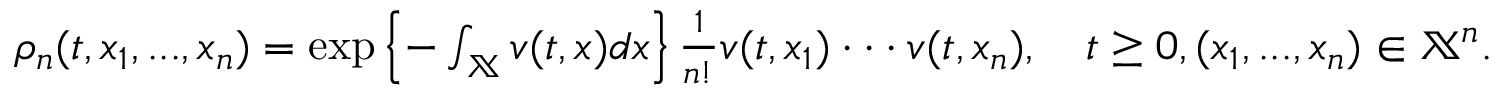
\begin{array} { r } { \rho _ { n } ( t , x _ { 1 } , . . . , x _ { n } ) = \exp \left\{ - \int _ { \mathbb { X } } v ( t , x ) d x \right\} \frac { 1 } { n ! } v ( t , x _ { 1 } ) \cdot \cdot \cdot v ( t , x _ { n } ) , \quad t \geq 0 , ( x _ { 1 } , . . . , x _ { n } ) \in \mathbb { X } ^ { n } . } \end{array}